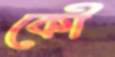
কৌ